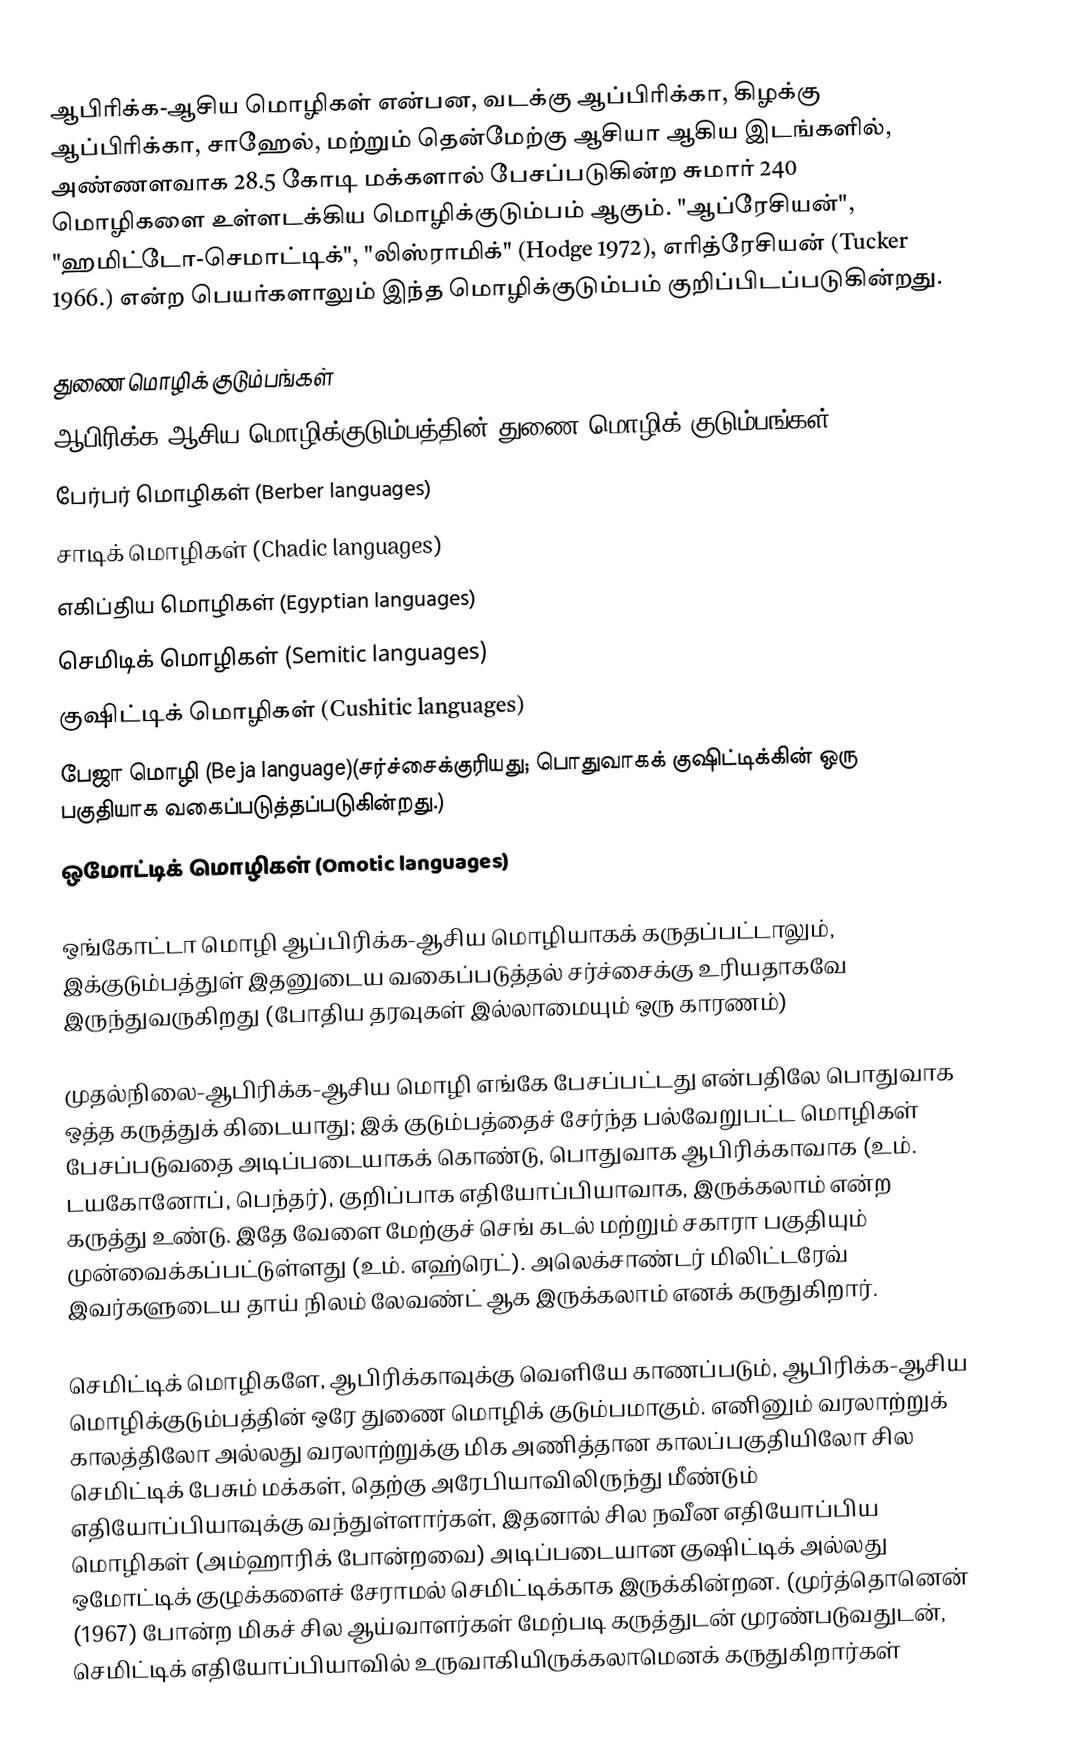
ஆபிரிக்க-ஆசிய மொழிகள் என்பன, வடக்கு ஆப்பிரிக்கா, கிழக்கு ஆப்பிரிக்கா, சாஹேல், மற்றும் தென்மேற்கு ஆசியா ஆகிய இடங்களில், அண்ணளவாக 28.5 கோடி மக்களால் பேசப்படுகின்ற சுமார் 240 மொழிகளை உள்ளடக்கிய மொழிக்குடும்பம் ஆகும். "ஆப்ரேசியன்", "ஹமிட்டோ-செமாட்டிக்", "லிஸ்ராமிக்" (Hodge 1972), எரித்ரேசியன் (Tucker 1966.) என்ற பெயர்களாலும் இந்த மொழிக்குடும்பம் குறிப்பிடப்படுகின்றது.

துணை மொழிக் குடும்பங்கள்
ஆபிரிக்க-ஆசிய மொழிக்குடும்பத்தின் துணை மொழிக் குடும்பங்கள்:
 பேர்பர் மொழிகள் (Berber languages)
 சாடிக் மொழிகள் (Chadic languages)
 எகிப்திய மொழிகள் (Egyptian languages)
 செமிடிக் மொழிகள் (Semitic languages)
 குஷிட்டிக் மொழிகள் (Cushitic languages)
 பேஜா மொழி (Beja language)(சர்ச்சைக்குரியது; பொதுவாகக் குஷிட்டிக்கின் ஒரு பகுதியாக வகைப்படுத்தப்படுகின்றது.)
 ஒமோட்டிக் மொழிகள் (Omotic languages)

ஒங்கோட்டா மொழி ஆப்பிரிக்க-ஆசிய மொழியாகக் கருதப்பட்டாலும், இக்குடும்பத்துள் இதனுடைய வகைப்படுத்தல் சர்ச்சைக்கு உரியதாகவே இருந்துவருகிறது (போதிய தரவுகள் இல்லாமையும் ஒரு காரணம்)

முதல்நிலை-ஆபிரிக்க-ஆசிய மொழி எங்கே பேசப்பட்டது என்பதிலே பொதுவாக ஒத்த கருத்துக் கிடையாது; இக் குடும்பத்தைச் சேர்ந்த பல்வேறுபட்ட மொழிகள் பேசப்படுவதை அடிப்படையாகக் கொண்டு, பொதுவாக ஆபிரிக்காவாக (உம். டயகோனோப், பெந்தர்), குறிப்பாக எதியோப்பியாவாக, இருக்கலாம் என்ற கருத்து உண்டு. இதே வேளை மேற்குச் செங் கடல் மற்றும் சகாரா பகுதியும் முன்வைக்கப்பட்டுள்ளது (உம். எஹ்ரெட்). அலெக்சாண்டர் மிலிட்டரேவ் இவர்களுடைய தாய் நிலம் லேவண்ட் ஆக இருக்கலாம் எனக் கருதுகிறார்.

செமிட்டிக் மொழிகளே, ஆபிரிக்காவுக்கு வெளியே காணப்படும், ஆபிரிக்க-ஆசிய மொழிக்குடும்பத்தின் ஒரே துணை மொழிக் குடும்பமாகும். எனினும் வரலாற்றுக் காலத்திலோ அல்லது வரலாற்றுக்கு மிக அணித்தான காலப்பகுதியிலோ சில செமிட்டிக் பேசும் மக்கள், தெற்கு அரேபியாவிலிருந்து மீண்டும் எதியோப்பியாவுக்கு வந்துள்ளார்கள், இதனால் சில நவீன எதியோப்பிய மொழிகள் (அம்ஹாரிக் போன்றவை) அடிப்படையான குஷிட்டிக் அல்லது ஒமோட்டிக் குழுக்களைச் சேராமல் செமிட்டிக்காக இருக்கின்றன. (முர்த்தொனென் (1967) போன்ற மிகச் சில ஆய்வாளர்கள் மேற்படி கருத்துடன் முரண்படுவதுடன், செமிட்டிக் எதியோப்பியாவில் உருவாகியிருக்கலாமெனக் கருதுகிறார்கள்